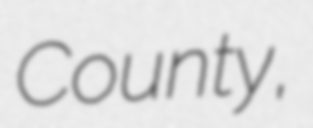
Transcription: County,